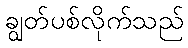
ချွတ်ပစ်လိုက်သည်